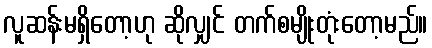
လူဆန်းမရှိတော့ဟု ဆိုလျှင် တက်စမျိုးတုံးတော့မည်။